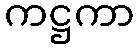
ကဋ္ဌကာ